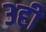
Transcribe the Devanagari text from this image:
३ही